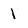
Character: 1